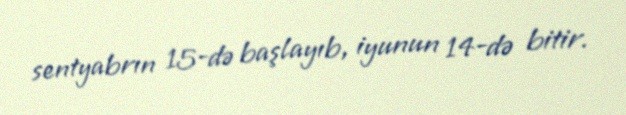
sentyabrın 15-də başlayıb, iyunun 14-də bitir.